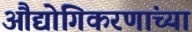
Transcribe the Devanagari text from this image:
औद्योगिकरणांच्या